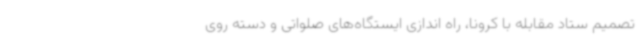
تصمیم ستاد مقابله با کرونا، راه اندازی ایستگاه‌های صلواتی و دسته روی